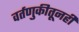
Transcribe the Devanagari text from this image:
वर्तणुकीतूनही